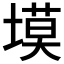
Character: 塻